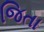
જિતા